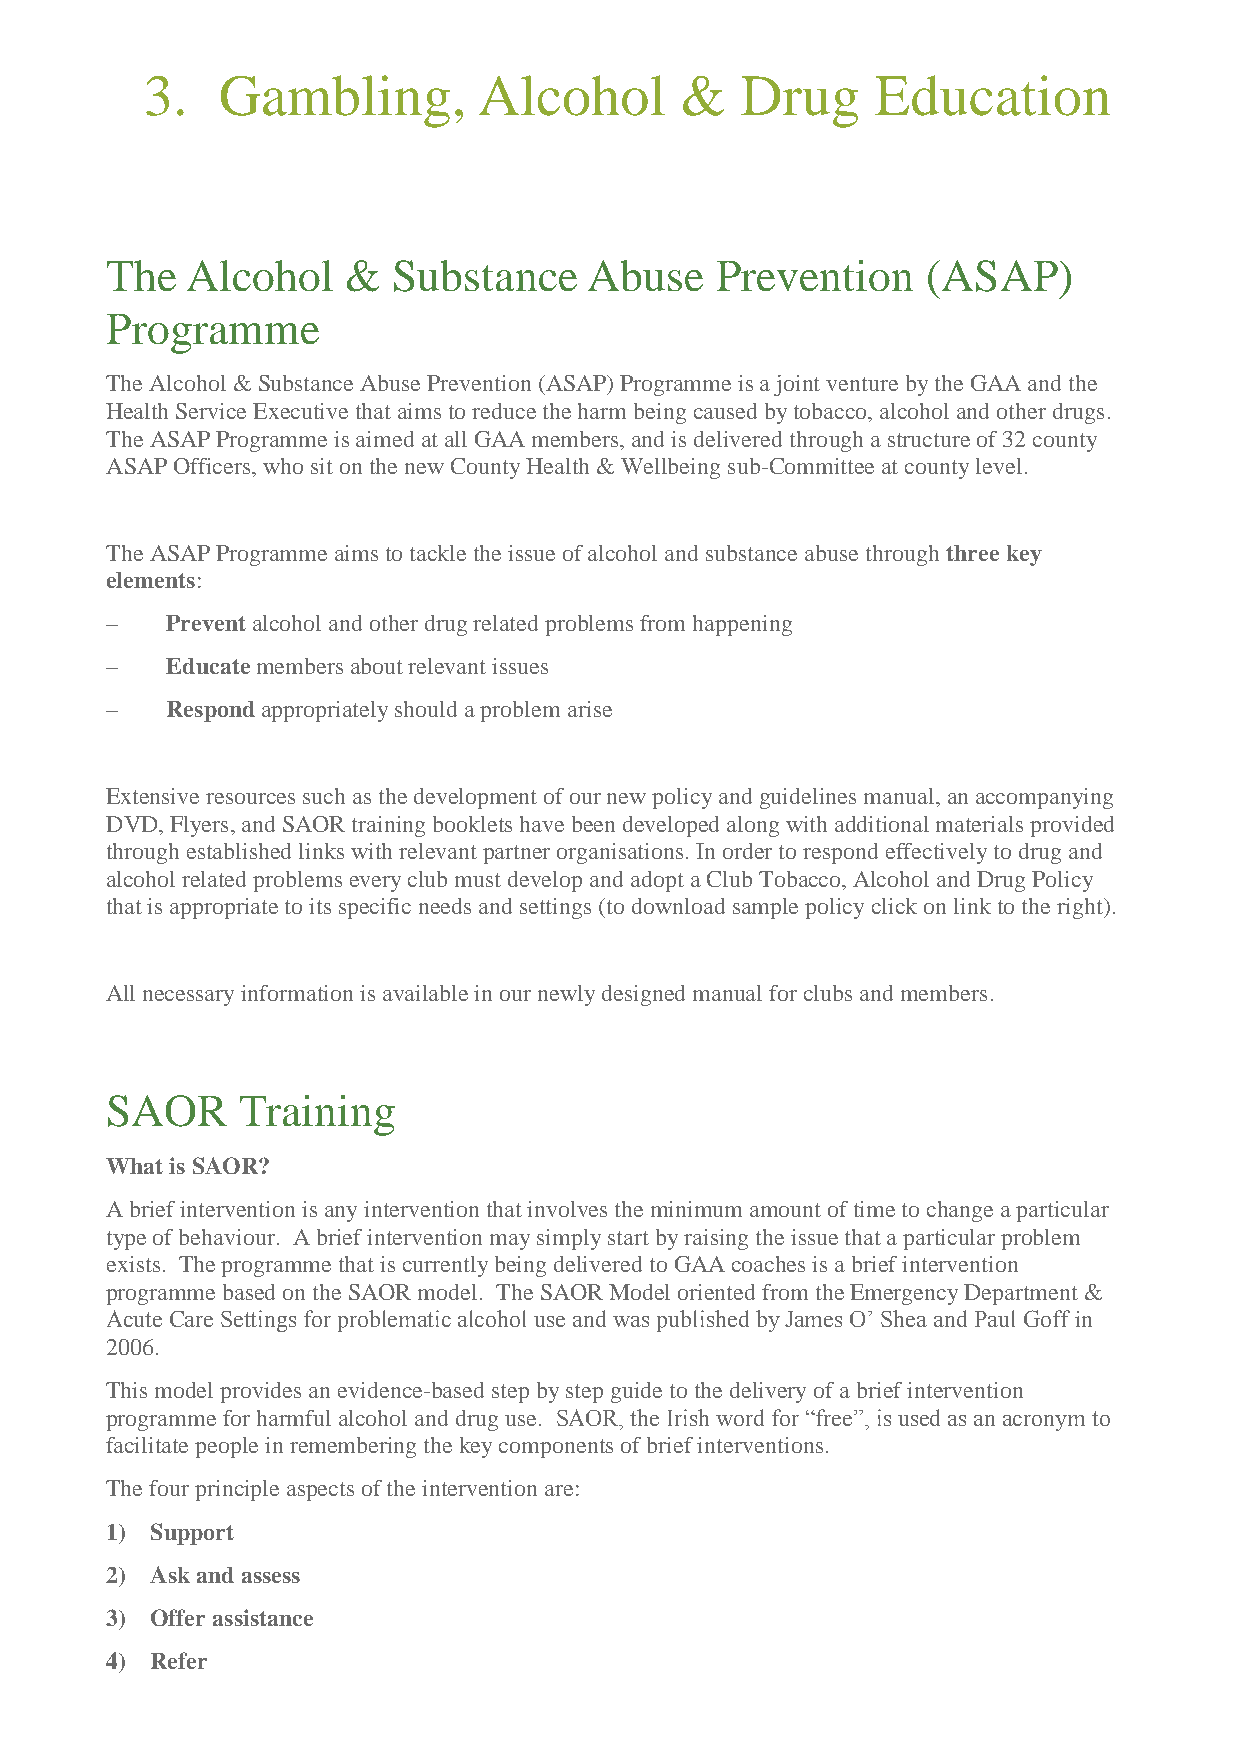
3.  Gambling,         Alcohol      &   Drug     Education
 The  Alcohol    &  Substance    Abuse   Prevention    (ASAP)
 Programme
 The Alcohol & Substance Abuse Prevention (ASAP) Programme is a joint venture by the GAA and the
 Health Service Executive that aims to reduce the harm being caused by tobacco, alcohol and other drugs.
 The ASAP Programme is aimed at all GAA members, and is delivered through a structure of 32 county
 ASAP Officers, who sit on the new County Health & Wellbeing sub-Committee at county level.
 The ASAP Programme aims to tackle the issue of alcohol and substance abuse through three key
 elements:
 –   Prevent alcohol and other drug related problems from happening
 –   Educate members about relevant issues
 –   Respond appropriately should a problem arise
 Extensive resources such as the development of our new policy and guidelines manual, an accompanying
 DVD, Flyers, and SAOR training booklets have been developed along with additional materials provided
 through established links with relevant partner organisations. In order to respond effectively to drug and
 alcohol related problems every club must develop and adopt a Club Tobacco, Alcohol and Drug Policy
 that is appropriate to its specific needs and settings (to download sample policy click on link to the right).
 All necessary information is available in our newly designed manual for clubs and members.
 SAOR     Training
 What is SAOR?
 A brief intervention is any intervention that involves the minimum amount of time to change a particular
 type of behaviour. A brief intervention may simply start by raising the issue that a particular problem
 exists. The programme that is currently being delivered to GAA coaches is a brief intervention
 programme based on the SAOR model. The SAOR Model oriented from the Emergency Department &
 Acute Care Settings for problematic alcohol use and was published by James O’ Shea and Paul Goff in
 2006.
 This model provides an evidence-based step by step guide to the delivery of a brief intervention
 programme for harmful alcohol and drug use. SAOR, the Irish word for “free”, is used as an acronym to
 facilitate people in remembering the key components of brief interventions.
 The four principle aspects of the intervention are:
 1) Support
 2) Ask and assess
 3) Offer assistance
 4) Refer